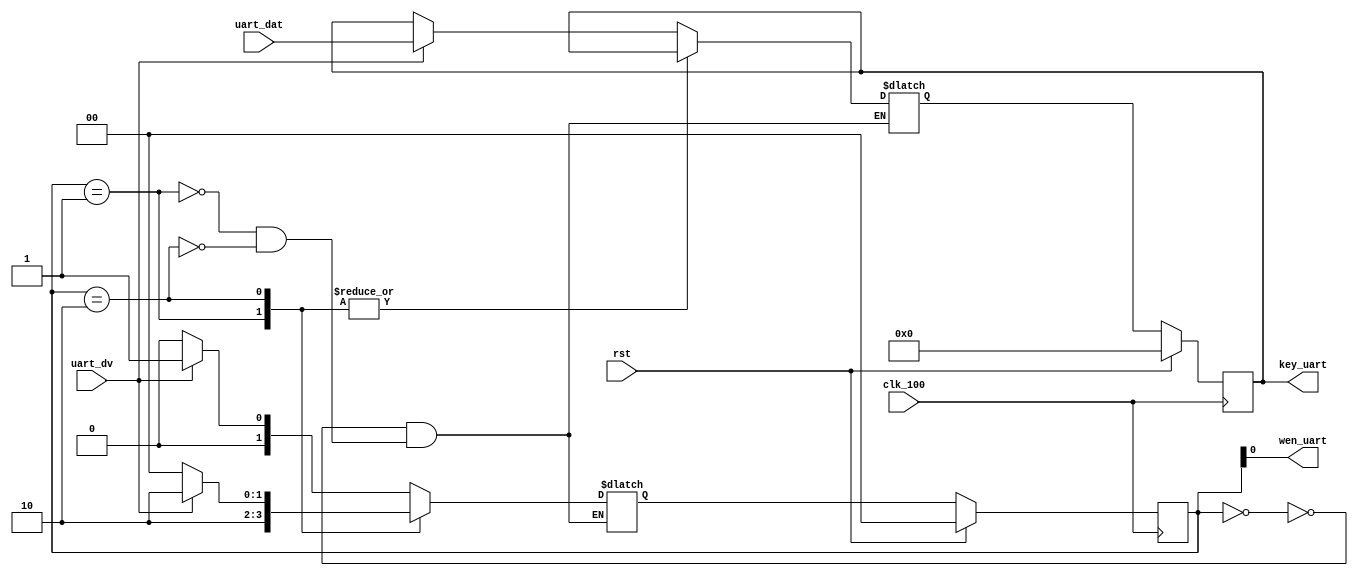
module uart_arbiter(
    input wire clk_100,
    input wire rst,
    input wire [7:0] uart_dat,
    input wire uart_dv,
    output reg [7:0] key_uart,
    output wire wen_uart
);

// Two interconnected FSMs, on system clock and ps2 clock respectively
//  >0 IDLE, waits for UART signal in, uart signal sustained as previous value
//  >1 set off ps2 fsm, wait for it to enter state 1
//  >2 wait for valid to go low

// Latch UART inputs
reg [1:0] uart_cs, uart_ns;
reg [7:0] key_uart_n;

localparam [1:0] IDLE = 2'b00,
                 FLAG = 2'b01,
                 WAIT = 2'b10;

always @(posedge clk_100) begin
    if (rst) begin
        uart_cs <= 'b0;
        key_uart <= 'b0;
    end else begin
        uart_cs <= uart_ns;
        key_uart <= key_uart_n;
    end
end

assign wen_uart = uart_cs[0];

always @(*) begin
    case (uart_cs)
        IDLE: begin // wait for uart valid, register value
            uart_ns = (uart_dv) ? FLAG : IDLE;
            key_uart_n = (uart_dv) ? uart_dat : key_uart;
        end
        FLAG: begin // wait for wen to be asserted, then move on
            uart_ns = WAIT;
            key_uart_n = key_uart;
        end
        WAIT: begin // wait for uart valid to go low
            uart_ns = (uart_dv) ? WAIT : IDLE;
            key_uart_n = key_uart;
        end
    endcase
end

endmodule